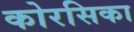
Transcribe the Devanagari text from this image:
कोरसिका